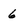
Character: 6